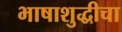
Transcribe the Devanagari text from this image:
भाषाशुद्धीचा